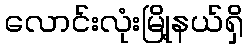
လောင်းလုံးမြို့နယ်ရှိ